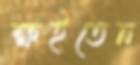
ক্ষইতেন